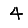
Digit: 4